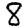
Digit: 8